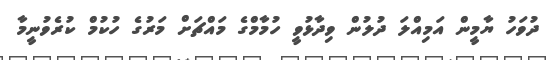
ދުވަހު ޔާމީން އަމިއްލަ ދުލުން ވިދާޅުވީ ހުމާމްގެ މައްޗަށް މަރުގެ ހުކުމް ކުރެވުނީމާ